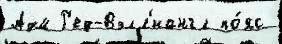
Адм Р'ед-Вэлл'иангл по́яс